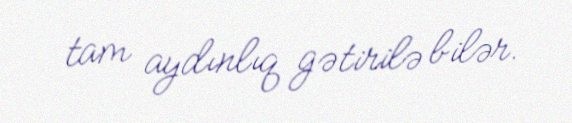
tam aydınlıq gətirilə bilər.